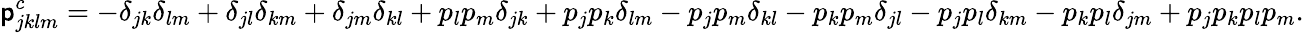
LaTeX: \mathsf{p}_{jklm}^{c}=-\delta_{jk}\delta_{lm}+\delta_{jl}\delta_{km}+\delta_{jm}\delta_{kl}+p_{l}p_{m}\delta_{jk}+p_{j}p_{k}\delta_{lm}-p_{j}p_{m}\delta_{kl}-p_{k}p_{m}\delta_{jl}-p_{j}p_{l}\delta_{km}-p_{k}p_{l}\delta_{jm}+p_{j}p_{k}p_{l}p_{m}.